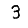
Digit: 3